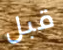
قبل